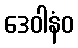
ဒေဝါနံဝ